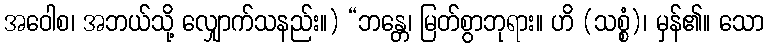
အဝေါစ၊ အဘယ်သို့ လျှောက်သနည်း။) “ဘန္တေ၊ မြတ်စွာဘုရား။ ဟိ (သစ္စံ)၊ မှန်၏။ သော